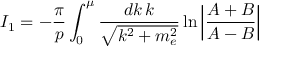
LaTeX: I _ { 1 } = - \frac \pi p \int _ { 0 } ^ { \mu } \frac { d k \, k } { \sqrt { k ^ { 2 } + m _ { e } ^ { 2 } } } \ln \left| \frac { A + B } { A - B } \right|